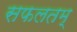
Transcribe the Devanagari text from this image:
सफलतम्